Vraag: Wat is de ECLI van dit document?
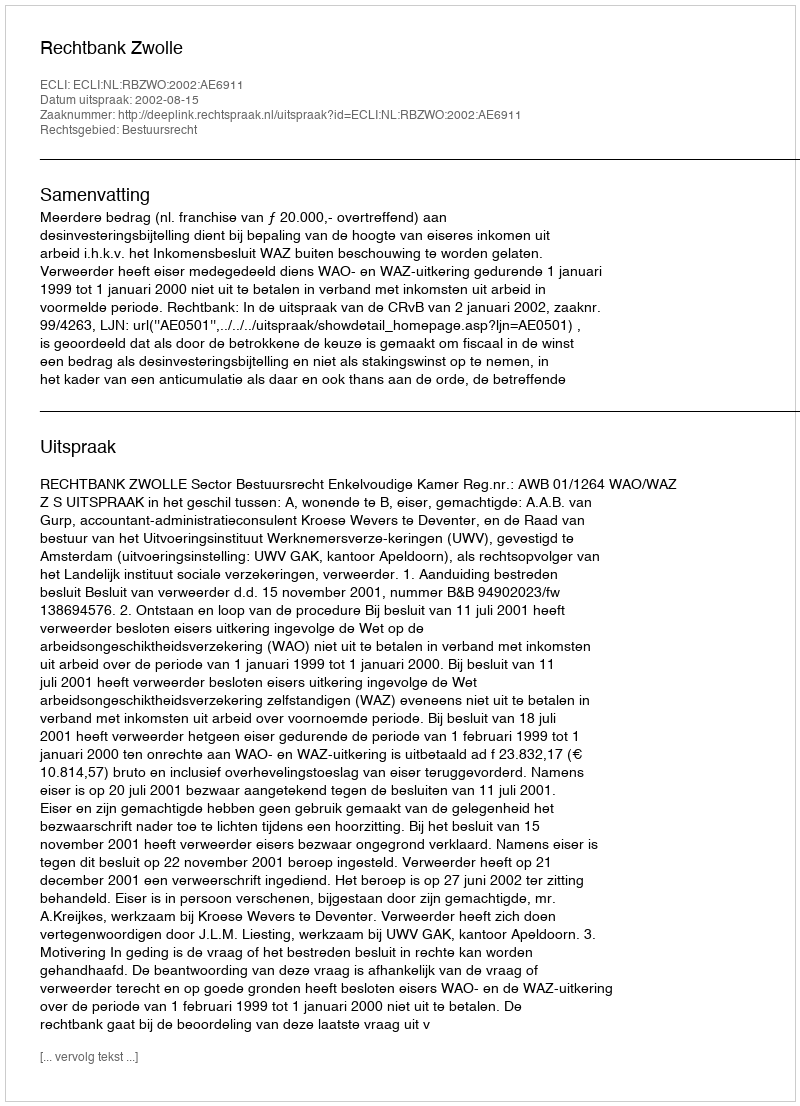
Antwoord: ECLI:NL:RBZWO:2002:AE6911